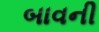
બાવની